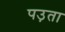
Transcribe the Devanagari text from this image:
पउ़ता